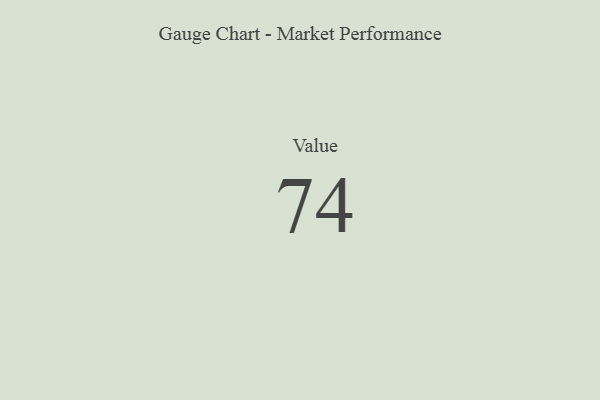
{"axis": {"x": "Metric", "y": "Value"}, "legend": [""], "data": [{"x": "Value", "y": 74, "type": ""}]}